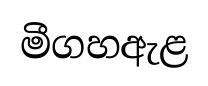
මීගහඇළ